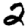
Digit: 2